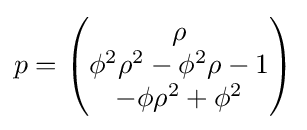
p={\begin{pmatrix}\rho \\\phi ^{2}\rho ^{2}-\phi ^{2}\rho -1\\-\phi \rho ^{2}+\phi ^{2}\end{pmatrix}}